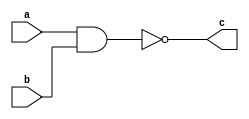
`timescale 1ns/1ps

module not_and(c,a,b);
    output c;
    input a,b;
    wire d;
    
    and a1(d,a,b);
    not out(c,d);
endmodule